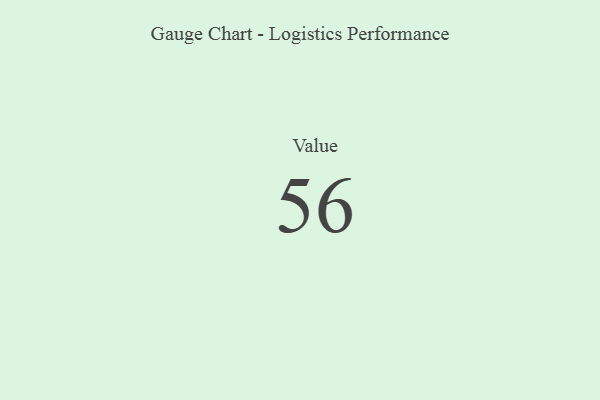
{"axis": {"x": "Metric", "y": "Value"}, "legend": [""], "data": [{"x": "Value", "y": 56, "type": ""}]}